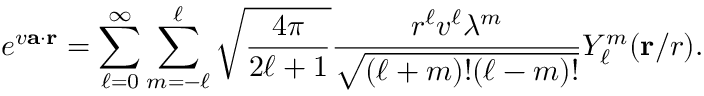
e ^ { v { \mathbf { a } } \cdot { \mathbf { r } } } = \sum _ { \ell = 0 } ^ { \infty } \sum _ { m = - \ell } ^ { \ell } { \sqrt { \frac { 4 \pi } { 2 \ell + 1 } } } { \frac { r ^ { \ell } v ^ { \ell } { \lambda ^ { m } } } { \sqrt { ( \ell + m ) ! ( \ell - m ) ! } } } Y _ { \ell } ^ { m } ( \mathbf { r } / r ) .